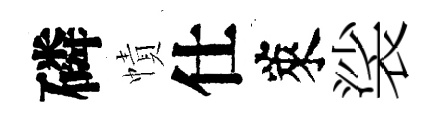
磷幘仕萊裟